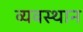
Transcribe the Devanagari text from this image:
व्यवस्थान